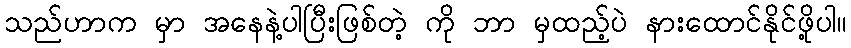
သည်ဟာက မှာ အနေနဲ့ပါပြီးဖြစ်တဲ့ ကို ဘာ မှထည့်ပဲ နားထောင်နိုင်ဖို့ပါ။